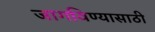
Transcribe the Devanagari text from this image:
जागविण्यासाठी